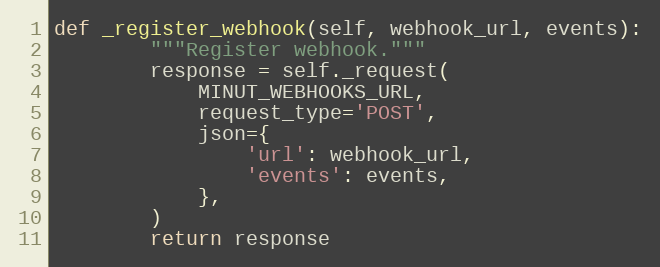
Language: Python
def _register_webhook(self, webhook_url, events):
        """Register webhook."""
        response = self._request(
            MINUT_WEBHOOKS_URL,
            request_type='POST',
            json={
                'url': webhook_url,
                'events': events,
            },
        )
        return response